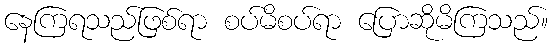
နေကြရသည်ဖြစ်ရာ စပ်မိစပ်ရာ ပြောဆိုမိကြသည်။